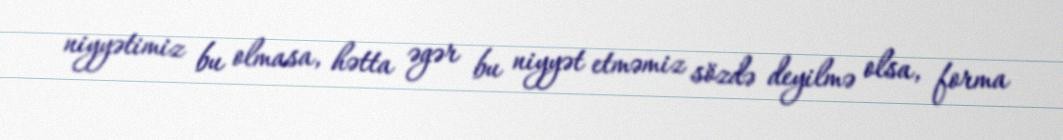
niyyətimiz bu olmasa, hətta əgər bu niyyət etməmiz sözdə deyilmə olsa, forma